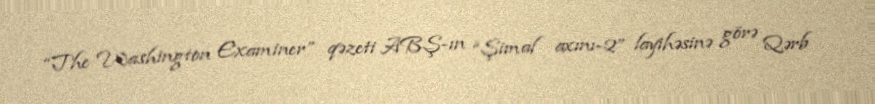
“The Washington Examiner” qəzeti ABŞ-ın “Şimal axını-2” layihəsinə görə Qərb